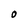
Character: O